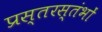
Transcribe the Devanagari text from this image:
प्रस्तरस्तंभों